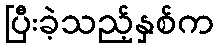
ပြီးခဲ့သည့်နှစ်က